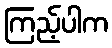
ကြည့်ပါက